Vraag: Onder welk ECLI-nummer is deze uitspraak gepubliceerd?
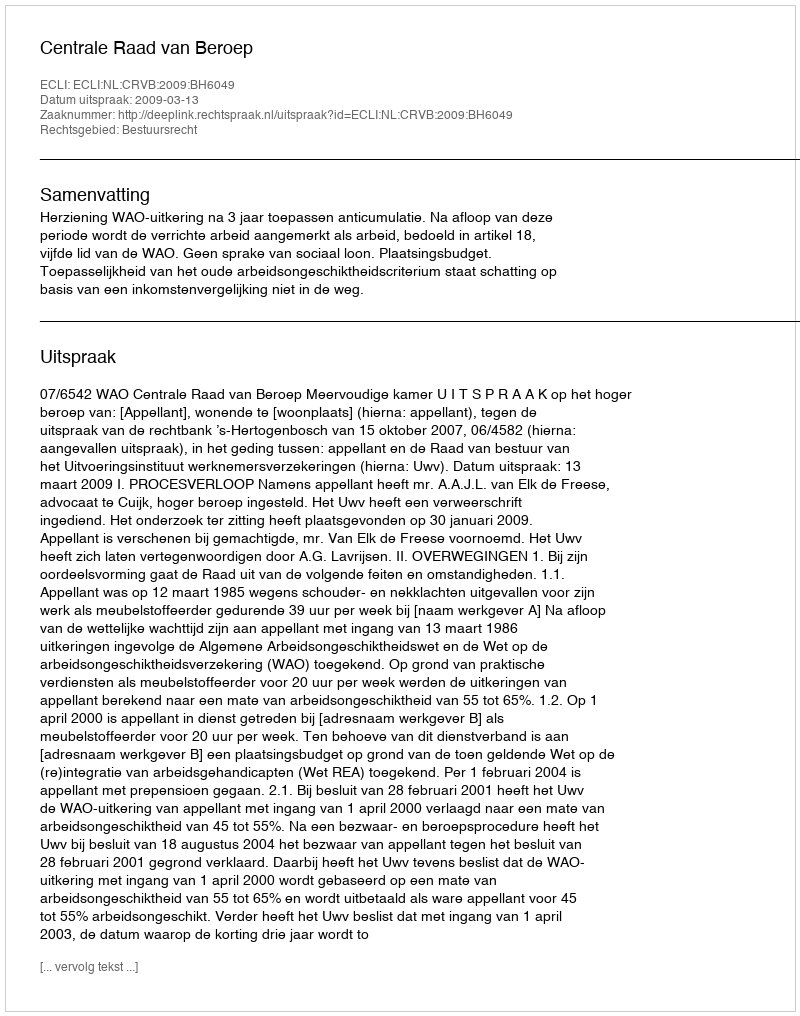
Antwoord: ECLI:NL:CRVB:2009:BH6049